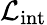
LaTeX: {\mathcal{L}}_{\mathrm{int}}